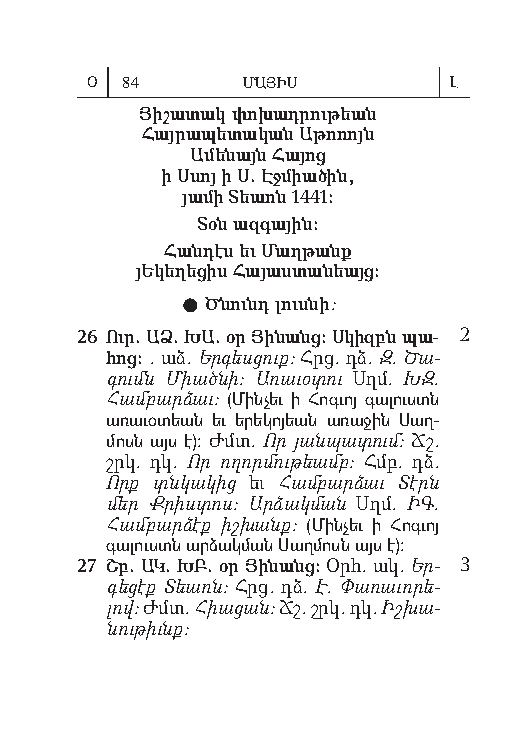
Օ 84      ՄԱՅԻՍ         Լ
 Յի շա տակ փո խադ րու թեան
 Հայ րա պե տա կան Ա թո ռոյն
 Ա մե նայն Հա յոց
 ի Ս սոյ ի Ս. Էջ միա ծին,
 յա մի Տեառն 1441:
 Տօն ազ գա յին:
 Հան դէս եւ Մաղ թանք
 յԵ կե ղե ցիս Հա յաս տա նեայց:
  Ծ նունդ լուս նի:
 26 Ուր. ԱՁ. ԽԱ. օր Յի նանց: Ս կիզբն պա- 2
 հոց: . աձ. Եր գեսց ուք: Հրց. դձ. Զ. Ծա­
 գումն Միած նի: Առ ա ւօտ ու Սղմ. ԽԶ.
 Համբ ար ձաւ: (Մին չեւ ի Հոգ ւոյ գա լուստն
 ա ռա ւօ տեան եւ ե րե կո յեան ա ռա ջին Սաղ­
 մոսն այս է): Ժմտ. Որ յանպ ատ ում: Ճշ.
 շրկ. դկ. Որ ող որմ ու թեամբ: Հմբ. դձ.
 Որք տնկա կից եւ Համ բարձ աւ Տէրն
 մեր Ք րիստ ոս: Ար ձակմ ան Սղմ. ԻԳ.
 Համբ ար ձէք իշխ անք: ( Մին չեւ ի Հոգ ւոյ
 գա լուստն ար ձակ ման Սաղ մոսն այս է):
 27 Շբ. ԱԿ. ԽԲ. օր Յի նանց: Օրհ. ակ. Եր­ 3
 գեց էք Տեառն: Հրց. դձ. Է. Փառ աւ ո րե­
 լով: Ժմտ. Հիա ցան: Ճշ. շրկ. դկ. Իշ խա­
 նութ իւնք: